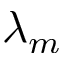
\lambda _ { m }